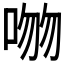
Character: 𪡕